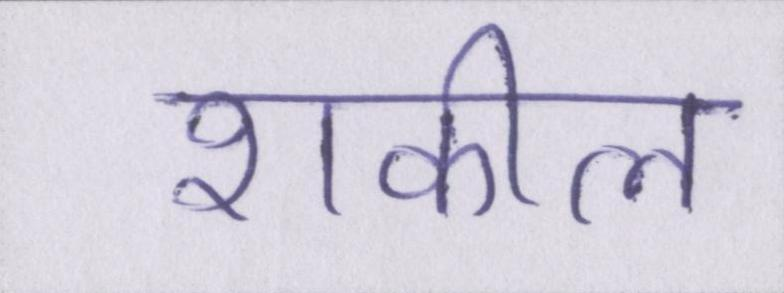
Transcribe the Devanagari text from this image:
शकील